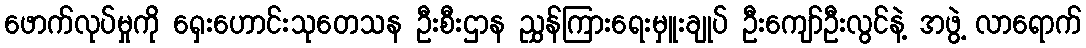
ဖောက်လုပ်မှုကို ရှေးဟောင်းသုတေသန ဦးစီးဌာန ညွှန်ကြားရေးမှူးချုပ် ဦးကျော်ဦးလွင်နဲ့ အဖွဲ့ လာရောက်